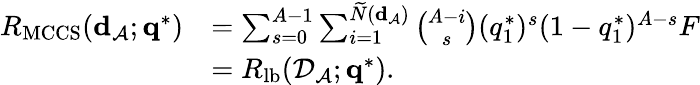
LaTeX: \begin{array}{rl}{R_{\mathrm{MCCS}}({\mathbf d}_{\cal A};{\mathbf q}^{*})}&{=\sum_{s=0}^{A-1}\sum_{i=1}^{\widetilde{N}({\mathbf d}_{\cal A})}\binom{A-i}{s}(q_{1}^{*})^{s}(1-q_{1}^{*})^{A-s}F}\\ &{=R_{\mathrm{lb}}({\cal D}_{\cal A};{\mathbf q}^{*}).}\end{array}